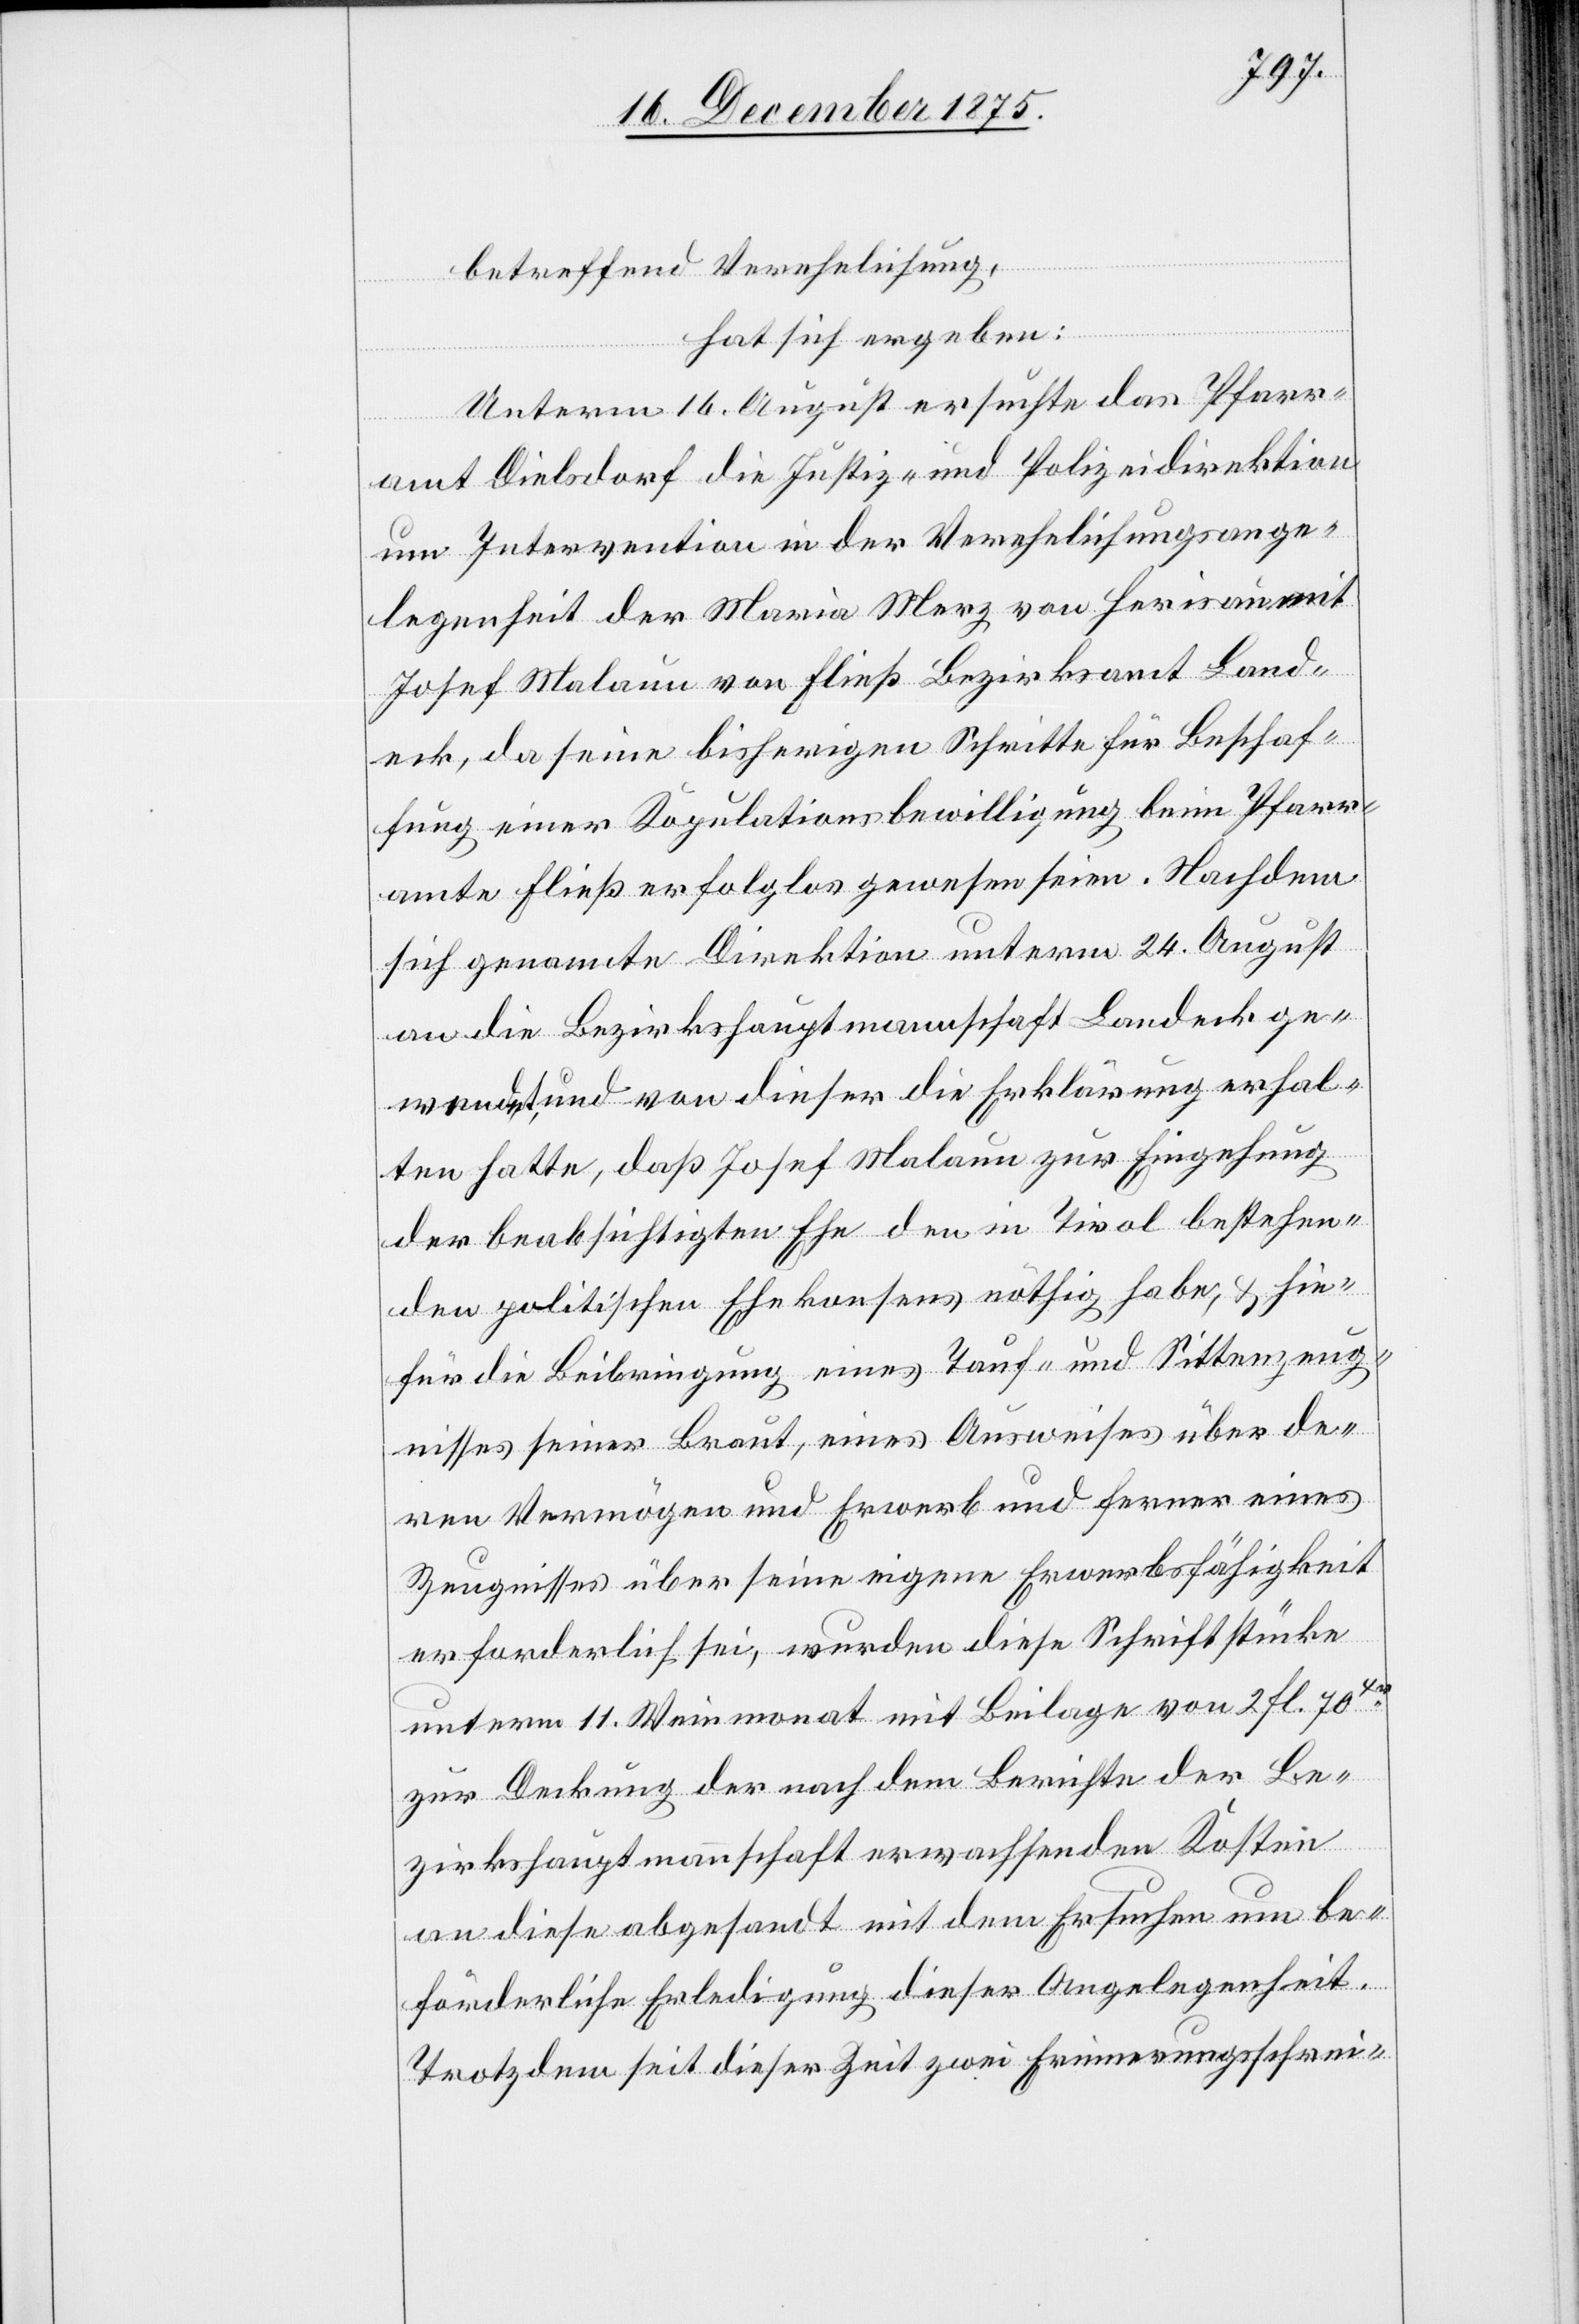
betreffend Verehelichung,
hat sich ergeben:
Unterm 16. August ersuchte das Pfarr¬
amt Dielsdorf die Justiz- und Polizeidirektion
um Intervention in der Verehelichungsange¬
legenheit der Maria Merz von Herisau mit
Josef Malaun von Fließ Bezirksamt Land¬
eck, da seine bisherigen Schritte für Beschaf¬
fung einer Kapitulationsbewilligung beim Pfarr¬
amte Fließ erfolglos gewesen seien. Nachdem
sich genannte Direktion unterm 24. August
an die Bezirkshauptmannschaft Landeck ge¬
wendet, und von dieser Erklärung erhal¬
ten hatte, daß Josef Malaun zur Eingehung
der beabsichtigten Ehe den in Tirol bestehen¬
den politischen Ehekonsens nöthig habe, & hie¬
für die Beibringung eines Tauf- und Sittenzeug¬
nisses seiner Braut, eines Ausweises über der¬
en Vermögen und Erwerb und ferner eines
Zeugnisses über seine eigene Erwerbsfähigkeit
erforderlich sei, wurden diese Schriftstücke
unterm 11. Weinmonat mit Beilage von 2 Fl. 70xr
zur Deckung der nach dem Berichte der Be¬
zirkshauptmannschaft erwachsenden Kosten
an diese abgesandt mit dem Ersuchen um be¬
förderliche Erledigung dieser Angelegenheit.
Trotzdem seit dieser Zeit zwei Erinnerungsschrei-